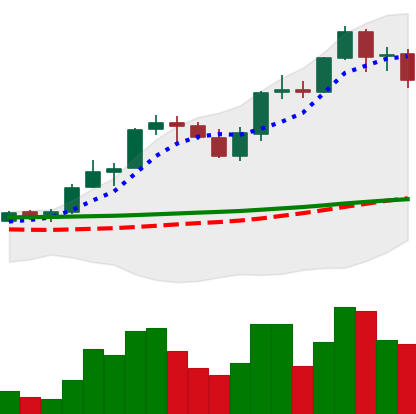
Ticker: ADA-USD
Chart end date: 2021-08-26
Forward return: 9.345%
Label: up_7plus